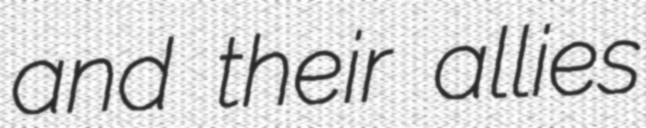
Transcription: and their allies